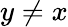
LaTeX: y\neq x